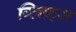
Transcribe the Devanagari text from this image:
ग्लिफ़्स